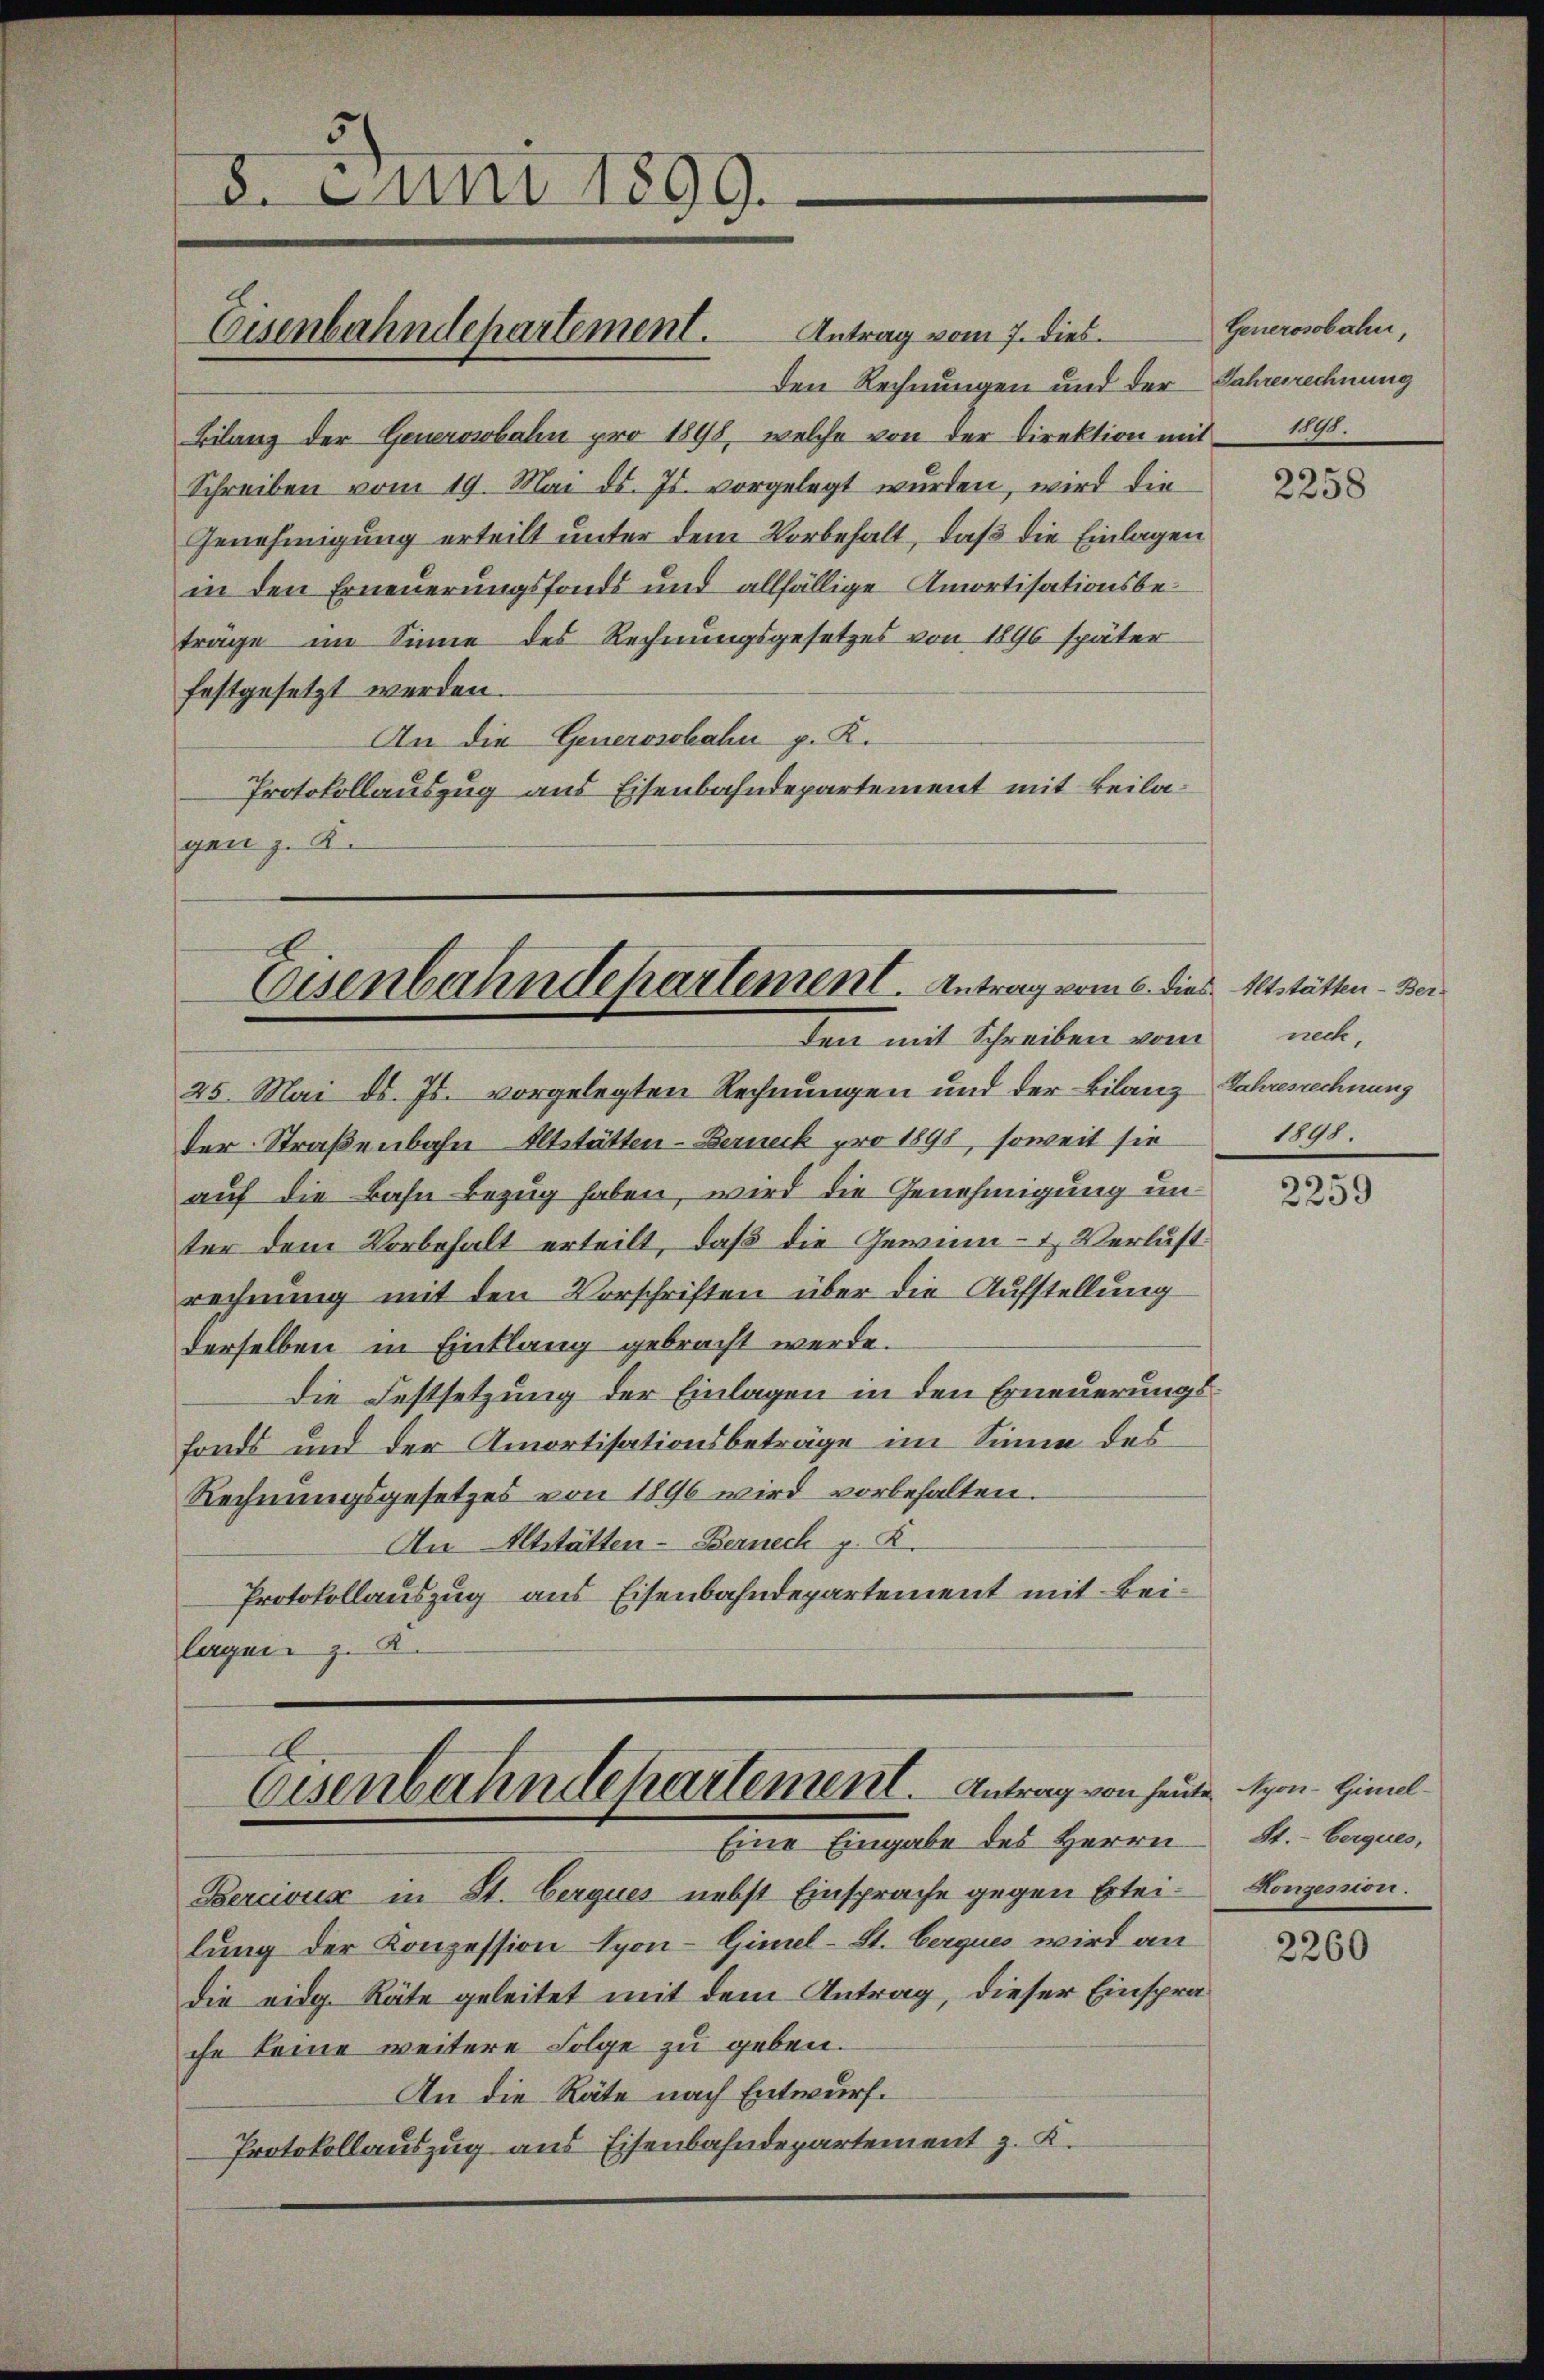
5
8. Juni 1899.

Den Rechnungen und der Jahresrechnung
Bilanz der Generosbahn pro 1898, welche von der Direktion mit 1898.
Schreiben vom 19. Mai d. Js. vorgelegt wurden, wird die
Genehmigung erteilt unter dem Vorbehalt, daß die Einlagen
in den Erneuerungsfonds und allfällige Amortisationsbeträge im Sinne des Rechnungsgesetzes von 1896 später
festgesetzt werden.
An die Generosobahn p. K.
Protokollauszug aus Eisenbahndepartement mit Beilagan z. K.

Eisenbahndepartement. Antrag vom 7. dies

Eisenbahndepartement. Antrag vom 8. dies Altstätten - Ber
den mit Schreiben vom

25. Mai d. Js. vorgelegten Rechnungen und der Bilanz Jahresrechnung
der Straßenbahn Altstätten-Berneck pro 1898, soweit sie
auf die Bahn Bezug haben, wird die Genehmigung in
ter dem Vorbehalt erteilt, daß die Gewinn- & Verlust
rechnung mit den Vorschriften über die Aufstellung
derselben in Entlang gebracht werde.
Die Festsetzung der Einlagen in den Erneuerungsfonds und der Amortisationsbeträge im Sinne des
Rechnungsgesetzes von 1896 wird vorbehalten.
An Altstätten-Berneck p. K.
Protokollauszug aus Eisenbahndepartement mit Beilagen z. K.

Eisenbahndepartement. Antrag von heute Nyon-Himel¬
Eine Eingabe des Herrn

Bercivus in St. Gerques nebst Einsprache gegen Erteilung der Konzession Lyon-Gimel-St. Cerques wird an
die eidg. Räte geleitet mit dem Antrag, dieser Einsprache keine weitere Folge zu geben.
An die Räte nach Entwurf.
Protokollauszug aus Eisenbahndepartement z. K.

Generosobahn,

2258

nech,
1941.

2259

St.- berques,
Konzession.

2260